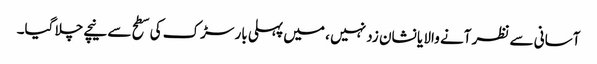
آسانی سے نظر آنے والا یا نشان زد نہیں ، میں پہلی بار سڑک کی سطح سے نیچے چلا گیا۔